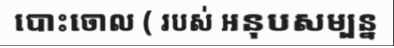
បោះចោល ( របស់ អនុបសម្បន្ន